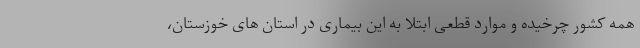
همه کشور چرخیده و موارد قطعی ابتلا به این بیماری در استان های خوزستان،